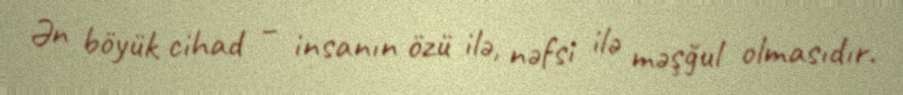
Ən böyük cihad – insanın özü ilə, nəfsi ilə məşğul olmasıdır.